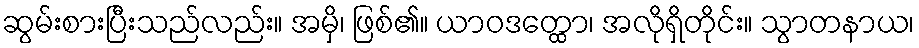
ဆွမ်းစားပြီးသည်လည်း။ အမှိ၊ ဖြစ်၏။ ယာဝဒတ္ထော၊ အလိုရှိတိုင်း။ သွာတနာယ၊